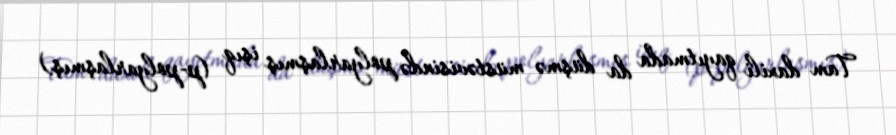
Tam daxili qayıtmada da düşmə müstəvisində polyarlaşmış işıq (p-polyarlaşmış)